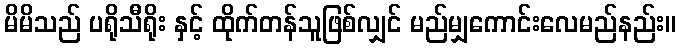
မိမိသည် ပရိုသီရိုး နှင့် ထိုက်တန်သူဖြစ်လျှင် မည်မျှကောင်းလေမည်နည်း။